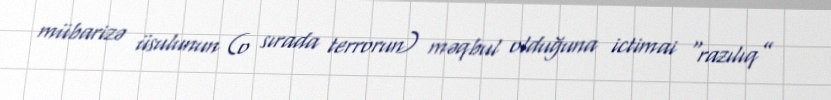
mübarizə üsulunun (o sırada terrorun) məqbul olduğuna ictimai “razılıq”